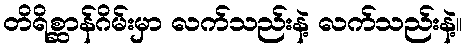
တိရိစ္ဆာန်ဂိမ်းမှာ လက်သည်းနဲ့ လက်သည်းနဲ့။